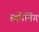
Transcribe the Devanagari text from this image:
स्कीनिंग